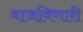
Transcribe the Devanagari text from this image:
वाजविणारी